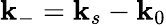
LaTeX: \mathbf{k}_{-}=\mathbf{k}_{s}-\mathbf{k}_{0}